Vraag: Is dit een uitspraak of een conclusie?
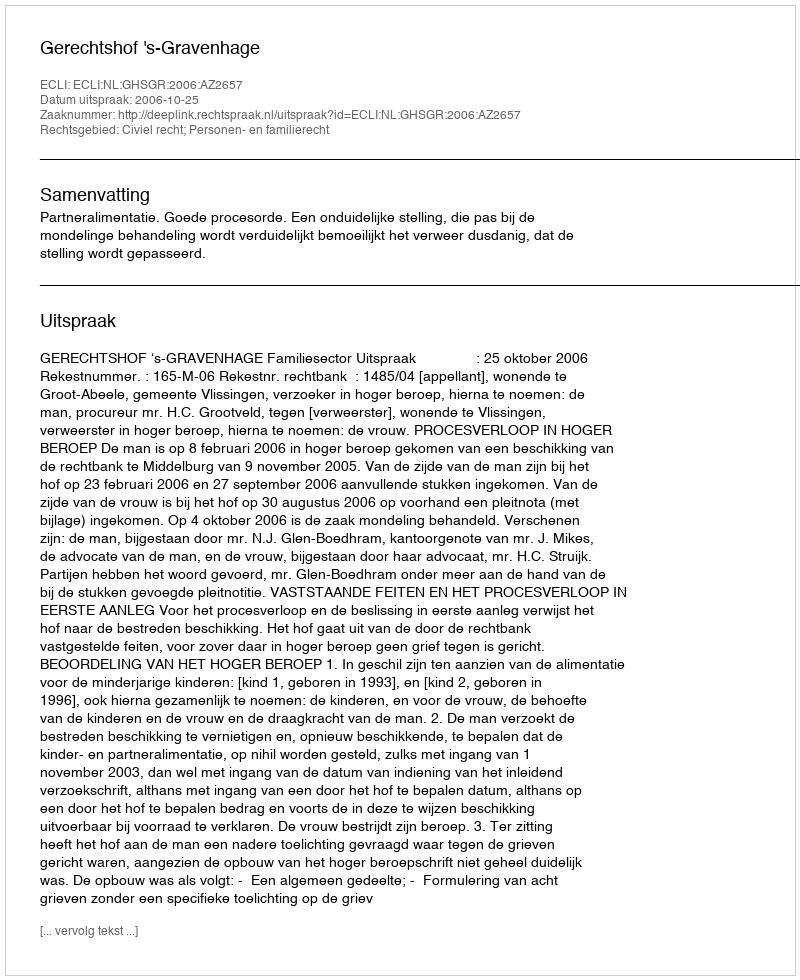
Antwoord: Uitspraak